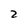
Character: 2